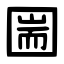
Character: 圌